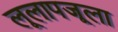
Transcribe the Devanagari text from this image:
लूलापजूला